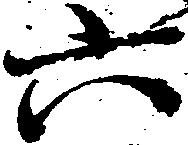
六